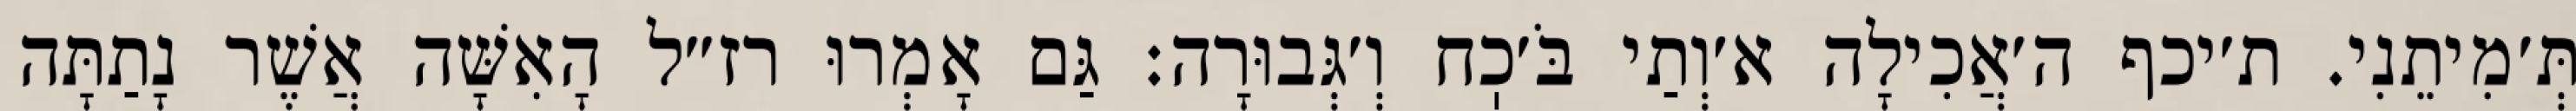
תְּ׳מִיתֵנִי. ת׳יכף ה׳אֲכִילָה א׳וְתַי בֹּ׳כֽח וְ׳גְּבוּרָה: גַּם אָמְרוּ רז״ל הָאִשָּׁה אֲשֶׁר נָתַתָּה